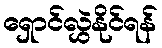
ရှောင်လွှဲနိုင်ရန်